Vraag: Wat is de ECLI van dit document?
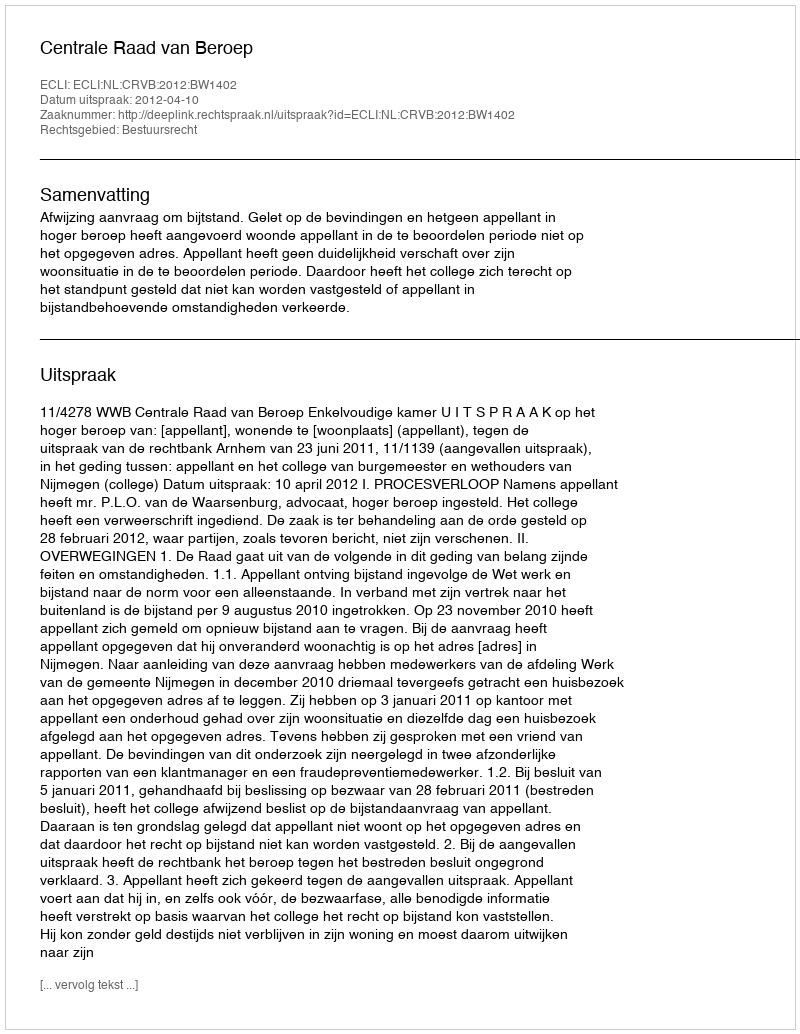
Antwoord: ECLI:NL:CRVB:2012:BW1402